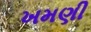
ખમણી